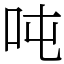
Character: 吨